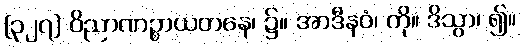
[၃၂၇] ဝိညာဏဉ္စာယတနေ၊ ၌။ အာဒီနဝံ၊ ကို။ ဒိသွာ၊ ၍။